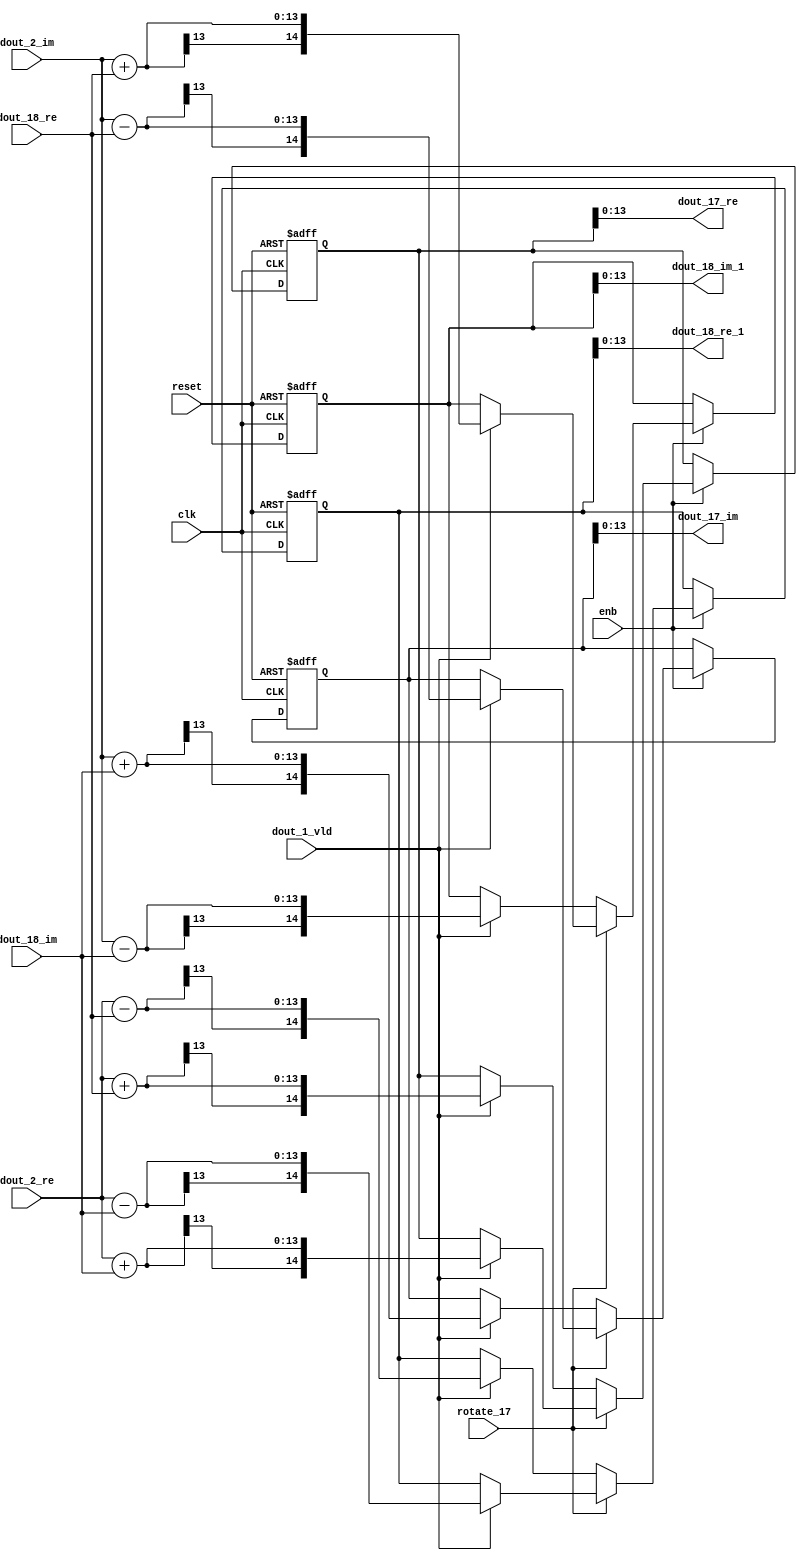
// -------------------------------------------------------------
// 
// 
// Generated by MATLAB 9.14 and HDL Coder 4.1
// 
// -------------------------------------------------------------


// -------------------------------------------------------------
// 
// Module: RADIX22FFT_SDNF2_2_block7
// Source Path: RSP/RSP/Velocity Processor/Doppler Processing/Doppler Processor/FFT/RADIX22FFT_SDNF2_2
// Hierarchy Level: 5
// 
// -------------------------------------------------------------

`timescale 1 ns / 1 ns

module RADIX22FFT_SDNF2_2_block7
          (clk,
           reset,
           enb,
           rotate_17,
           dout_2_re,
           dout_2_im,
           dout_18_re,
           dout_18_im,
           dout_1_vld,
           dout_17_re,
           dout_17_im,
           dout_18_re_1,
           dout_18_im_1);


  input   clk;
  input   reset;
  input   enb;
  input   rotate_17;  // ufix1
  input   signed [12:0] dout_2_re;  // sfix13_En10
  input   signed [12:0] dout_2_im;  // sfix13_En10
  input   signed [12:0] dout_18_re;  // sfix13_En10
  input   signed [12:0] dout_18_im;  // sfix13_En10
  input   dout_1_vld;
  output  signed [13:0] dout_17_re;  // sfix14_En10
  output  signed [13:0] dout_17_im;  // sfix14_En10
  output  signed [13:0] dout_18_re_1;  // sfix14_En10
  output  signed [13:0] dout_18_im_1;  // sfix14_En10


  wire signed [13:0] din1_re;  // sfix14_En10
  wire signed [13:0] din1_im;  // sfix14_En10
  wire signed [13:0] din2_re;  // sfix14_En10
  wire signed [13:0] din2_im;  // sfix14_En10
  reg  Radix22ButterflyG2_NF_din_vld_dly;
  reg signed [14:0] Radix22ButterflyG2_NF_btf1_re_reg;  // sfix15
  reg signed [14:0] Radix22ButterflyG2_NF_btf1_im_reg;  // sfix15
  reg signed [14:0] Radix22ButterflyG2_NF_btf2_re_reg;  // sfix15
  reg signed [14:0] Radix22ButterflyG2_NF_btf2_im_reg;  // sfix15
  reg  Radix22ButterflyG2_NF_din_vld_dly_next;
  reg signed [14:0] Radix22ButterflyG2_NF_btf1_re_reg_next;  // sfix15_En10
  reg signed [14:0] Radix22ButterflyG2_NF_btf1_im_reg_next;  // sfix15_En10
  reg signed [14:0] Radix22ButterflyG2_NF_btf2_re_reg_next;  // sfix15_En10
  reg signed [14:0] Radix22ButterflyG2_NF_btf2_im_reg_next;  // sfix15_En10
  reg signed [13:0] dout_17_re_1;  // sfix14_En10
  reg signed [13:0] dout_17_im_1;  // sfix14_En10
  reg signed [13:0] dout_18_re_2;  // sfix14_En10
  reg signed [13:0] dout_18_im_2;  // sfix14_En10
  reg  dout_2_vld;
  reg signed [14:0] Radix22ButterflyG2_NF_add_cast;  // sfix15_En10
  reg signed [14:0] Radix22ButterflyG2_NF_add_cast_0;  // sfix15_En10
  reg signed [14:0] Radix22ButterflyG2_NF_add_cast_1;  // sfix15_En10
  reg signed [14:0] Radix22ButterflyG2_NF_add_cast_2;  // sfix15_En10
  reg signed [14:0] Radix22ButterflyG2_NF_sub_cast;  // sfix15_En10
  reg signed [14:0] Radix22ButterflyG2_NF_sub_cast_0;  // sfix15_En10
  reg signed [14:0] Radix22ButterflyG2_NF_sub_cast_1;  // sfix15_En10
  reg signed [14:0] Radix22ButterflyG2_NF_sub_cast_2;  // sfix15_En10
  reg signed [14:0] Radix22ButterflyG2_NF_add_cast_3;  // sfix15_En10
  reg signed [14:0] Radix22ButterflyG2_NF_add_cast_4;  // sfix15_En10
  reg signed [14:0] Radix22ButterflyG2_NF_add_cast_5;  // sfix15_En10
  reg signed [14:0] Radix22ButterflyG2_NF_add_cast_6;  // sfix15_En10
  reg signed [14:0] Radix22ButterflyG2_NF_sub_cast_3;  // sfix15_En10
  reg signed [14:0] Radix22ButterflyG2_NF_sub_cast_4;  // sfix15_En10
  reg signed [14:0] Radix22ButterflyG2_NF_sub_cast_5;  // sfix15_En10
  reg signed [14:0] Radix22ButterflyG2_NF_sub_cast_6;  // sfix15_En10


  assign din1_re = {dout_2_re[12], dout_2_re};



  assign din1_im = {dout_2_im[12], dout_2_im};



  assign din2_re = {dout_18_re[12], dout_18_re};



  assign din2_im = {dout_18_im[12], dout_18_im};



  // Radix22ButterflyG2_NF
  always @(posedge clk or posedge reset)
    begin : Radix22ButterflyG2_NF_process
      if (reset == 1'b1) begin
        Radix22ButterflyG2_NF_din_vld_dly <= 1'b0;
        Radix22ButterflyG2_NF_btf1_re_reg <= 15'sb000000000000000;
        Radix22ButterflyG2_NF_btf1_im_reg <= 15'sb000000000000000;
        Radix22ButterflyG2_NF_btf2_re_reg <= 15'sb000000000000000;
        Radix22ButterflyG2_NF_btf2_im_reg <= 15'sb000000000000000;
      end
      else begin
        if (enb) begin
          Radix22ButterflyG2_NF_din_vld_dly <= Radix22ButterflyG2_NF_din_vld_dly_next;
          Radix22ButterflyG2_NF_btf1_re_reg <= Radix22ButterflyG2_NF_btf1_re_reg_next;
          Radix22ButterflyG2_NF_btf1_im_reg <= Radix22ButterflyG2_NF_btf1_im_reg_next;
          Radix22ButterflyG2_NF_btf2_re_reg <= Radix22ButterflyG2_NF_btf2_re_reg_next;
          Radix22ButterflyG2_NF_btf2_im_reg <= Radix22ButterflyG2_NF_btf2_im_reg_next;
        end
      end
    end

  always @(Radix22ButterflyG2_NF_btf1_im_reg, Radix22ButterflyG2_NF_btf1_re_reg,
       Radix22ButterflyG2_NF_btf2_im_reg, Radix22ButterflyG2_NF_btf2_re_reg,
       Radix22ButterflyG2_NF_din_vld_dly, din1_im, din1_re, din2_im, din2_re,
       dout_1_vld, rotate_17) begin
    Radix22ButterflyG2_NF_add_cast_1 = 15'sb000000000000000;
    Radix22ButterflyG2_NF_add_cast_2 = 15'sb000000000000000;
    Radix22ButterflyG2_NF_sub_cast_1 = 15'sb000000000000000;
    Radix22ButterflyG2_NF_sub_cast_2 = 15'sb000000000000000;
    Radix22ButterflyG2_NF_add_cast_5 = 15'sb000000000000000;
    Radix22ButterflyG2_NF_add_cast_6 = 15'sb000000000000000;
    Radix22ButterflyG2_NF_sub_cast_5 = 15'sb000000000000000;
    Radix22ButterflyG2_NF_sub_cast_6 = 15'sb000000000000000;
    Radix22ButterflyG2_NF_add_cast = 15'sb000000000000000;
    Radix22ButterflyG2_NF_add_cast_0 = 15'sb000000000000000;
    Radix22ButterflyG2_NF_sub_cast = 15'sb000000000000000;
    Radix22ButterflyG2_NF_sub_cast_0 = 15'sb000000000000000;
    Radix22ButterflyG2_NF_add_cast_3 = 15'sb000000000000000;
    Radix22ButterflyG2_NF_add_cast_4 = 15'sb000000000000000;
    Radix22ButterflyG2_NF_sub_cast_3 = 15'sb000000000000000;
    Radix22ButterflyG2_NF_sub_cast_4 = 15'sb000000000000000;
    Radix22ButterflyG2_NF_btf1_re_reg_next = Radix22ButterflyG2_NF_btf1_re_reg;
    Radix22ButterflyG2_NF_btf1_im_reg_next = Radix22ButterflyG2_NF_btf1_im_reg;
    Radix22ButterflyG2_NF_btf2_re_reg_next = Radix22ButterflyG2_NF_btf2_re_reg;
    Radix22ButterflyG2_NF_btf2_im_reg_next = Radix22ButterflyG2_NF_btf2_im_reg;
    Radix22ButterflyG2_NF_din_vld_dly_next = dout_1_vld;
    if (rotate_17 != 1'b0) begin
      if (dout_1_vld) begin
        Radix22ButterflyG2_NF_add_cast_1 = {din1_re[13], din1_re};
        Radix22ButterflyG2_NF_add_cast_2 = {din2_im[13], din2_im};
        Radix22ButterflyG2_NF_btf1_re_reg_next = Radix22ButterflyG2_NF_add_cast_1 + Radix22ButterflyG2_NF_add_cast_2;
        Radix22ButterflyG2_NF_sub_cast_1 = {din1_re[13], din1_re};
        Radix22ButterflyG2_NF_sub_cast_2 = {din2_im[13], din2_im};
        Radix22ButterflyG2_NF_btf2_re_reg_next = Radix22ButterflyG2_NF_sub_cast_1 - Radix22ButterflyG2_NF_sub_cast_2;
        Radix22ButterflyG2_NF_add_cast_5 = {din1_im[13], din1_im};
        Radix22ButterflyG2_NF_add_cast_6 = {din2_re[13], din2_re};
        Radix22ButterflyG2_NF_btf2_im_reg_next = Radix22ButterflyG2_NF_add_cast_5 + Radix22ButterflyG2_NF_add_cast_6;
        Radix22ButterflyG2_NF_sub_cast_5 = {din1_im[13], din1_im};
        Radix22ButterflyG2_NF_sub_cast_6 = {din2_re[13], din2_re};
        Radix22ButterflyG2_NF_btf1_im_reg_next = Radix22ButterflyG2_NF_sub_cast_5 - Radix22ButterflyG2_NF_sub_cast_6;
      end
    end
    else if (dout_1_vld) begin
      Radix22ButterflyG2_NF_add_cast = {din1_re[13], din1_re};
      Radix22ButterflyG2_NF_add_cast_0 = {din2_re[13], din2_re};
      Radix22ButterflyG2_NF_btf1_re_reg_next = Radix22ButterflyG2_NF_add_cast + Radix22ButterflyG2_NF_add_cast_0;
      Radix22ButterflyG2_NF_sub_cast = {din1_re[13], din1_re};
      Radix22ButterflyG2_NF_sub_cast_0 = {din2_re[13], din2_re};
      Radix22ButterflyG2_NF_btf2_re_reg_next = Radix22ButterflyG2_NF_sub_cast - Radix22ButterflyG2_NF_sub_cast_0;
      Radix22ButterflyG2_NF_add_cast_3 = {din1_im[13], din1_im};
      Radix22ButterflyG2_NF_add_cast_4 = {din2_im[13], din2_im};
      Radix22ButterflyG2_NF_btf1_im_reg_next = Radix22ButterflyG2_NF_add_cast_3 + Radix22ButterflyG2_NF_add_cast_4;
      Radix22ButterflyG2_NF_sub_cast_3 = {din1_im[13], din1_im};
      Radix22ButterflyG2_NF_sub_cast_4 = {din2_im[13], din2_im};
      Radix22ButterflyG2_NF_btf2_im_reg_next = Radix22ButterflyG2_NF_sub_cast_3 - Radix22ButterflyG2_NF_sub_cast_4;
    end
    dout_17_re_1 = Radix22ButterflyG2_NF_btf1_re_reg[13:0];
    dout_17_im_1 = Radix22ButterflyG2_NF_btf1_im_reg[13:0];
    dout_18_re_2 = Radix22ButterflyG2_NF_btf2_re_reg[13:0];
    dout_18_im_2 = Radix22ButterflyG2_NF_btf2_im_reg[13:0];
    dout_2_vld = Radix22ButterflyG2_NF_din_vld_dly;
  end



  assign dout_17_re = dout_17_re_1;

  assign dout_17_im = dout_17_im_1;

  assign dout_18_re_1 = dout_18_re_2;

  assign dout_18_im_1 = dout_18_im_2;

endmodule  // RADIX22FFT_SDNF2_2_block7